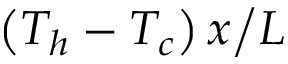
{ { \left( { { T _ { h } } - { T _ { c } } } \right) x } \mathord { \left/ { \vphantom { { \left( { { T _ { h } } - { T _ { c } } } \right) x } L } } \right. \kern - \nulldelimiterspace } L }